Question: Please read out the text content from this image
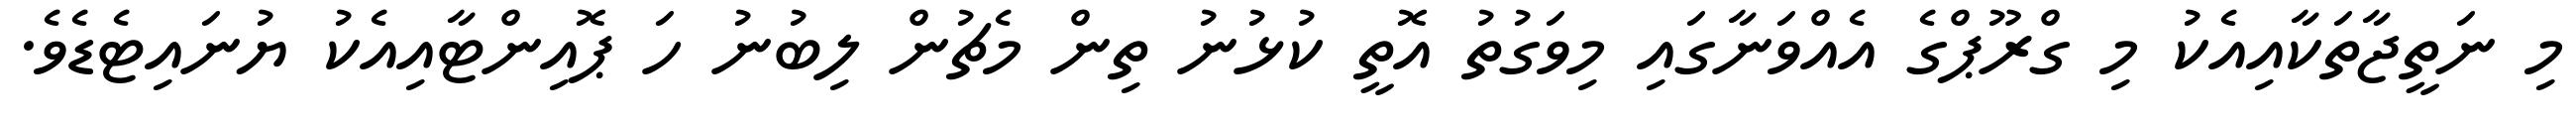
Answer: މި ނަތީޖާތަކާއިއެކު މި ގްރޫޕްގެ އެއްވަނާގައި މިވަގުތު އޮތީ ކުޅުނު ތިން މެޗުން ލިބުނު ހަ ޕޮއިންޓާއިއެކު ޔުނައިޓެޑެވެ.